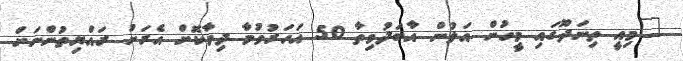
"މިއީ ތިނަދޫގައި މީހުން އަލުން އާބަދުވިތާ 50 އަހަރުވުމާ ދިމާކޮށް އެރަށު ރައްޔިތުންނަށް